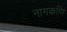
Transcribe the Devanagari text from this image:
नागकणि